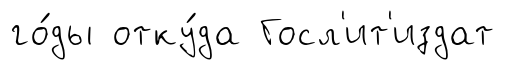
го́ды отку́да Госл'ит'издат